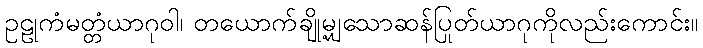
ဥဠုကံမတ္တံယာဂုဝါ၊ တယောက်ချို့မျှသောဆန်ပြုတ်ယာဂုကိုလည်းကောင်း။